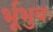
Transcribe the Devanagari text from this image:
र्भूभुवः